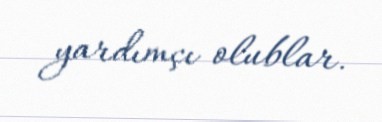
yardımçı olublar.